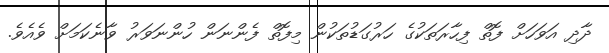
ދާދި އަވަހަށް ފޮތް ފިހާރަތަކުގެ ހަރުގަޑުތަކުން މިފޮތް ފެންނަން ހުންނަވަރު ވާނެކަމަށް ވެއެވެ.